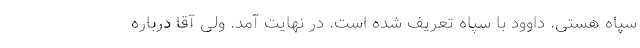
سپاه هستی. داوود با سپاه تعریف شده است. در نهایت آمد. ولی آقا درباره